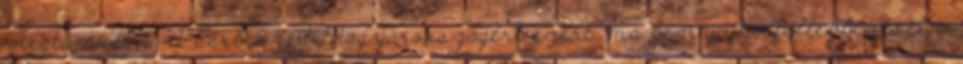
megtámadni. A Párbeszéd Magyarországért ezért ma benyújtja fellebbezését a